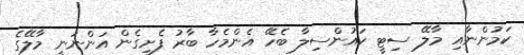
ކަމުންނާއި މާލޭ ސިޓީ ކައުންސިލާ ބެހޭ އެންމެހާ ބާރު ފެށިގެން އަންނަނީ މާލޭގެ